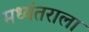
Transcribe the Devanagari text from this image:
मध्यंतराला